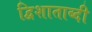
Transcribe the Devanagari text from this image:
द्विशाताब्दी